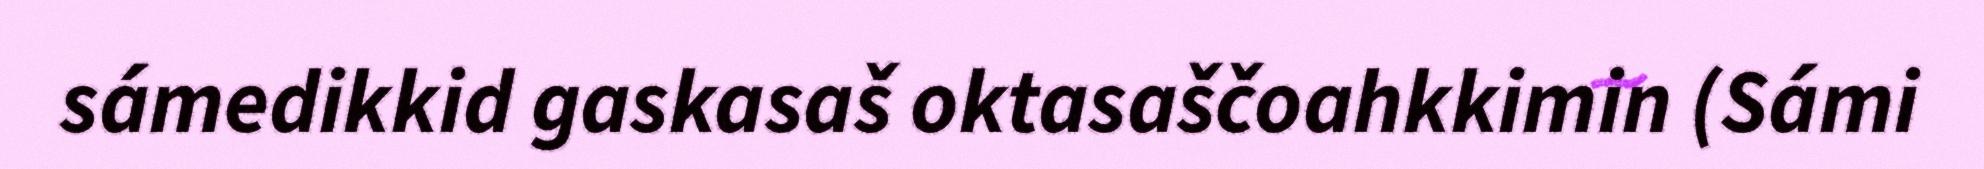
sámedikkid gaskasaš oktasaščoahkkimin (Sámi